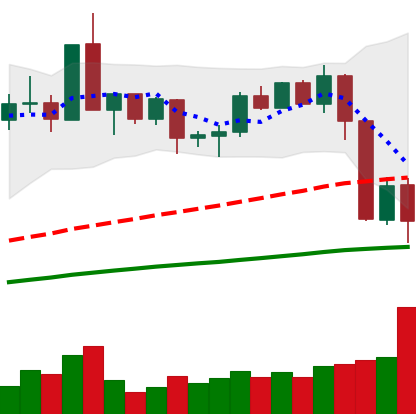
Ticker: XMR-USD
Chart end date: 2020-09-05
Forward return: 7.409%
Label: up_7plus